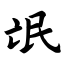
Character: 氓